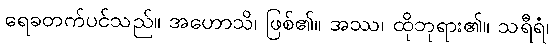
ရေခတက်ပင်သည်။ အဟောသိ၊ ဖြစ်၏။ အဿ၊ ထိုဘုရား၏။ သရီရံ၊